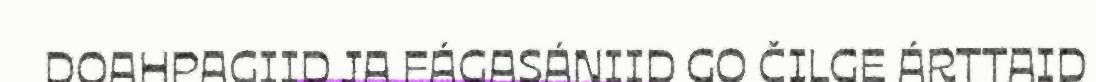
DOAHPAGIID JA FÁGASÁNIID GO ČILGE ÁRTTAID